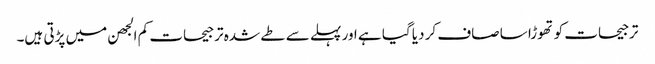
ترجیحات کو تھوڑا سا صاف کر دیا گیا ہے اور پہلے سے طے شدہ ترجیحات کم الجھن میں پڑتی ہیں۔